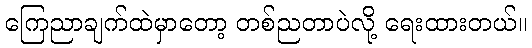
ကြေညာချက်ထဲမှာတော့ တစ်ညတာပဲလို့ ရေးထားတယ်။